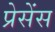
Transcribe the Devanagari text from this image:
प्रेसेंस